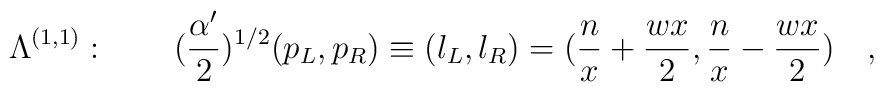
\Lambda^{(1,1)} :  \quad\quad ({{\alpha^{\prime}}\over{2}})^{1/2}(p_L , p_R) \equiv   (l_L , l_R) = ( {{n}\over{x}} + {{wx}\over{2}}   , {{n}\over{x}} - {{wx}\over{2}}  )  \quad ,